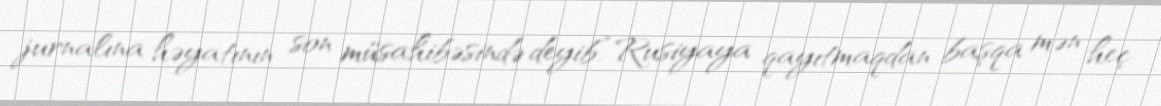
jurnalına həyatının son müsahibəsində deyib.“Rusiyaya qayıtmaqdan başqa mən heç